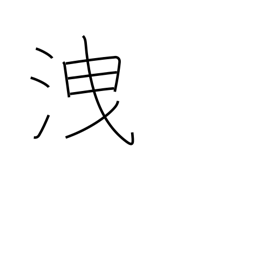
Meaning: escape